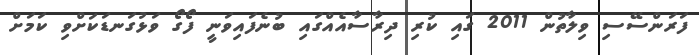
ފަރަންސޭސި ވިލާތުން 2011 ގައި ކުރި ދިރާސާއެއްގައި ބުނެފައިވަނީ ފޯގޯ ވަޅުގަނޑަކަށްވި ކަމަށް